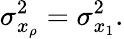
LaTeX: \sigma_{x_{\rho}}^{2}=\sigma_{x_{1}}^{2}.